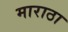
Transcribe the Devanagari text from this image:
माराठा